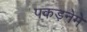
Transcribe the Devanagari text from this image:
पकड़नेमें